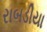
રાબડીયા